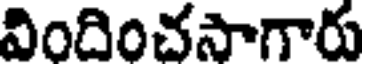
విందించసాగారు